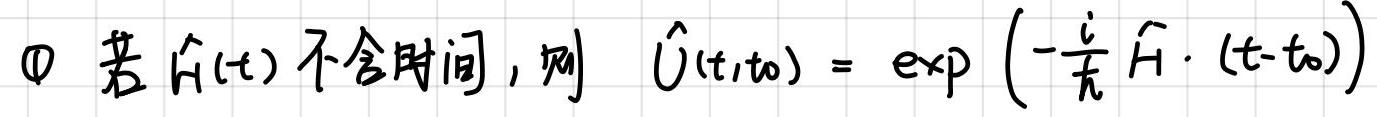
\textcircled{1}若$\hat{H}(t)$不含时间，则$\hat{U}(t,t_0)=\exp\left(-\frac{i}{\hbar}\hat{H}\cdot(t - t_0)\right)$